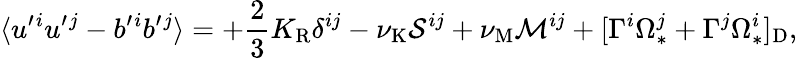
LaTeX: \langle{u^{\prime}{}^{i}u^{\prime}{}^{j}-b^{\prime}{}^{i}b^{\prime}{}^{j}}\rangle=+\frac{2}{3}K_{\mathrm{{R}}}\delta^{ij}-\nu_{\mathrm{{K}}}{\cal{S}}^{ij}+\nu_{\mathrm{{M}}}{\cal{M}}^{ij}+[\Gamma^{i}\Omega_{\ast}^{j}+\Gamma^{j}\Omega_{\ast}^{i}]_{\mathrm{{D}}},